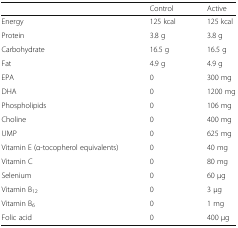
|  | Control | Active |
 | --- | --- | --- |
 | Energy | 125 kcal | 125 kcal |
 | Protein | 3.8 g | 3.8 g |
 | Carbohydrate | 16.5 g | 16.5 g |
 | Fat | 4.9 g | 4.9 g |
 | EPA | 0 | 300 mg |
 | DHA | 0 | 1200 mg |
 | Phospholipids | 0 | 106 mg |
 | Choline | 0 | 400 mg |
 | UMP | 0 | 625 mg |
 | Vitamin E (α-tocopherol equivalents) | 0 | 40 mg |
 | Vitamin C | 0 | 80 mg |
 | Selenium | 0 | 60 μg |
 | Vitamin B12 | 0 | 3 μg |
 | Vitamin B6 | 0 | 1 mg |
 | Folic acid | 0 | 400 μg |